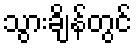
သွားချိန်တွင်